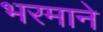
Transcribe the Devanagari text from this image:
भरमाने